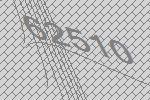
62510